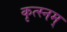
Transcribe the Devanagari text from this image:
कृत्स्नम्‌